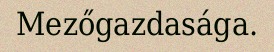
Mezőgazdasága.